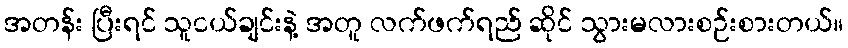
အတန်း ပြီးရင် သူငယ်ချင်းနဲ့ အတူ လက်ဖက်ရည် ဆိုင် သွားမလားစဉ်းစားတယ်။